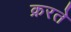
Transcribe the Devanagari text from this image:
क्ररते